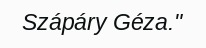
Szápáry Géza."